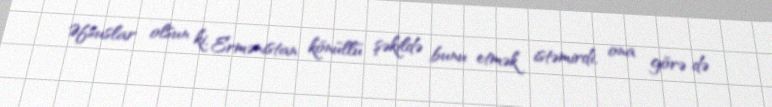
Əfsuslar olsun ki, Ermənistan könüllü şəkildə bunu etmək istəmirdi, ona görə də